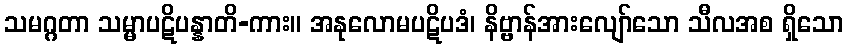
သမဂ္ဂတာ သမ္မာပဋိပန္နာတိ-ကား။ အနုလောမပဋိပဒံ၊ နိဗ္ဗာန်အားလျော်သော သီလအစ ရှိသော